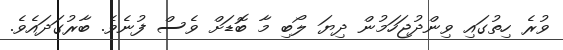
ވުރެ ހިތުގައި ވިންދުޖަހަމުން ދިޔަ ލޯބި މާ ބޮޑަށް ވެސް ފުނެވެ. ބާރުގަދައެވެ.